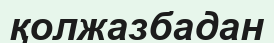
қолжазбадан